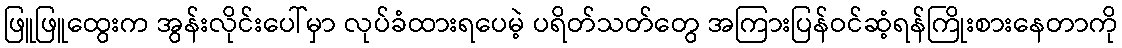
ဖြူဖြူထွေးက အွန်းလိုင်းပေါ်မှာ လုပ်ခံထားရပေမဲ့ ပရိတ်သတ်တွေ အကြားပြန်ဝင်ဆံ့ရန်ကြိုးစားနေတာကို